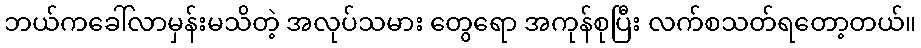
ဘယ်ကခေါ်လာမှန်းမသိတဲ့ အလုပ်သမား တွေရော အကုန်စုပြီး လက်စသတ်ရတော့တယ်။